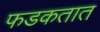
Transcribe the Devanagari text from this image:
फडकतात